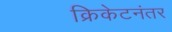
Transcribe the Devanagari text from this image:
क्रिकेटनंतर